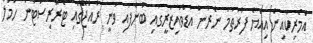
އެމެރިކާއިން އިއްޔެ ފުރަތަމަ ނެރުނު އެޑްވައިޒަރީގައި ބުނެފައި ވަނީ ރާއްޖޭގައި ޓެރަރިސްޓުން ހަމަލާ